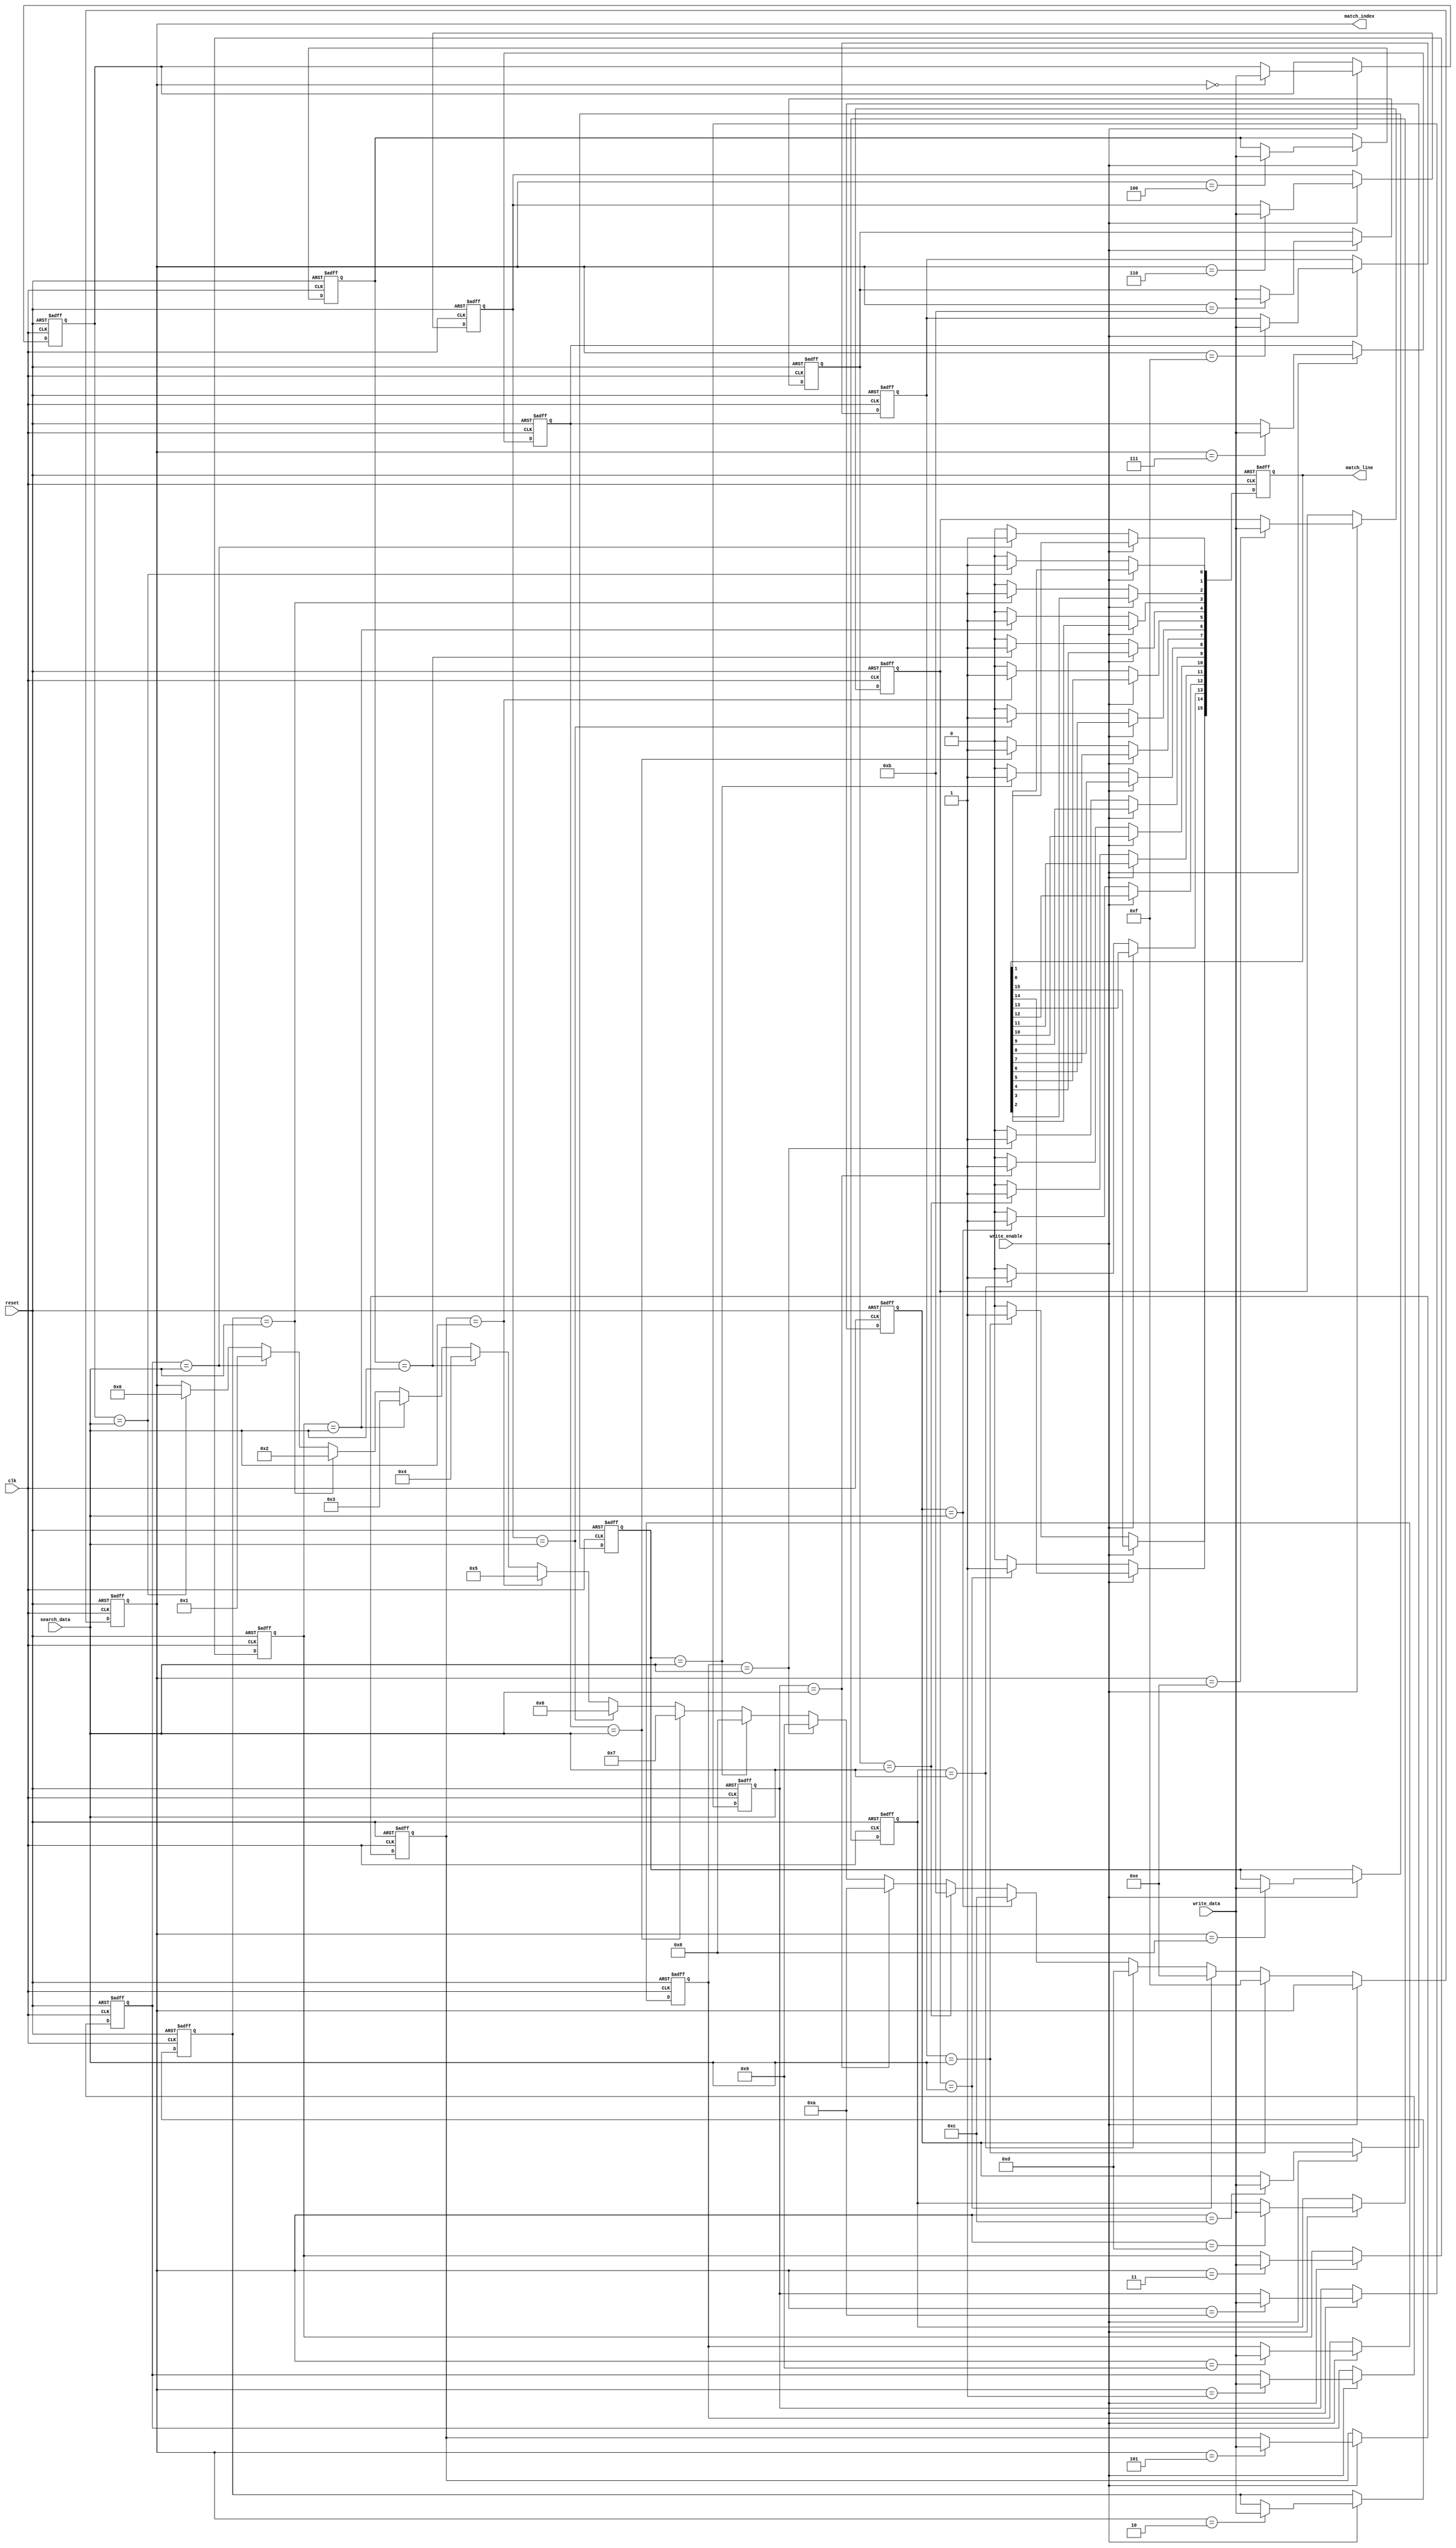
module CAM #(
    parameter DATA_WIDTH = 8,   // Width of each data entry
    parameter DEPTH = 16         // Number of entries in the CAM
)(
    input wire clk,              // Clock signal
    input wire reset,            // Reset signal
    input wire [DATA_WIDTH-1:0] search_data, // Data to search for
    input wire write_enable,     // Signal to write data
    input wire [DATA_WIDTH-1:0] write_data, // Data to write into CAM
    output reg [DEPTH-1:0] match_line, // Output match lines
    output reg [$clog2(DEPTH)-1:0] match_index // Index of first match
);

// Memory array to store CAM entries
reg [DATA_WIDTH-1:0] cam_memory [0:DEPTH-1];

// Internal signals
integer i;

// Initialize the CAM memory
always @(posedge clk or posedge reset) begin
    if (reset) begin
        // Clear the CAM memory on reset
        for (i = 0; i < DEPTH; i = i + 1) begin
            cam_memory[i] <= {DATA_WIDTH{1'b0}};
        end
        match_line <= {DEPTH{1'b0}};
        match_index <= 0;
    end else if (write_enable) begin
        // Write new data into the CAM
        cam_memory[match_index] <= write_data;
    end else begin
        // Compare search data with CAM entries
        match_line <= {DEPTH{1'b0}}; // Clear previous matches
        for (i = 0; i < DEPTH; i = i + 1) begin
            if (cam_memory[i] == search_data) begin
                match_line[i] <= 1'b1; // Set match line if match found
                match_index <= i; // Store the index of the first match
            end
        end
    end
end

endmodule